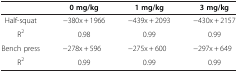
<table><thead><tr><td><b> </b></td><td><b>0 mg/kg</b></td><td><b>1 mg/kg</b></td><td><b>3 mg/kg</b></td></tr></thead><tbody><tr><td>Half-squat</td><td>−380x + 1966</td><td>−439x + 2093</td><td>−430x + 2157</td></tr><tr><td>R<sup>2</sup></td><td>0.98</td><td>0.99</td><td>0.99</td></tr><tr><td>Bench press</td><td>−278x + 596</td><td>−275x + 600</td><td>−297x + 649</td></tr><tr><td>R<sup>2</sup></td><td>0.99</td><td>0.99</td><td>0.99</td></tr></tbody></table>